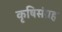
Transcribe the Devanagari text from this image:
कृषिसंग्रह